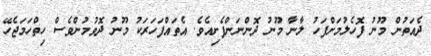
ދެއަތުން މޫނު ފޮހެލުމަށްފަހު ލާނާ މޫނު ދޮންނަންފެށިއެވެ. އެތައްފަހަރަކު މޫނު ދޮވުމުންވެސް ހިތްހަމަޖެހޭ